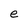
Character: e